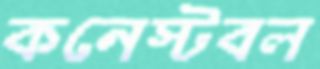
কনেস্টবল